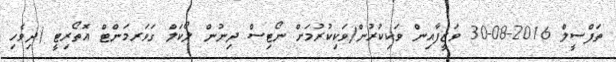
ތަފްސީލް 2016-08-30 ވަޒީފާއިން ވަކިކުރުން/ވަކިކުރުމަށް ނޯޓިސް ދިނުން ލޯކަލް ގަވަރމަންޓް އޮތޯރިޓީ (ދިވެހި